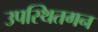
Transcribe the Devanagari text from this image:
उपस्थितगन